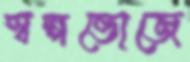
স্বল্পভোজে